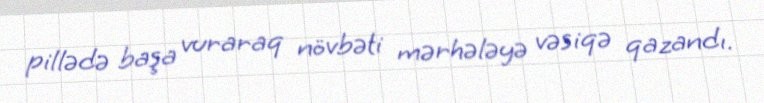
pillədə başa vuraraq növbəti mərhələyə vəsiqə qazandı.